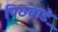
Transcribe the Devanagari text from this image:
पिछवाडे़